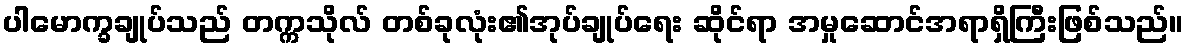
ပါမောက္ခချုပ်သည် တက္ကသိုလ် တစ်ခုလုံး၏အုပ်ချုပ်ရေး ဆိုင်ရာ အမှုဆောင်အရာရှိကြီးဖြစ်သည်။